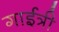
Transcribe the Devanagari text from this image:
गाईत्री